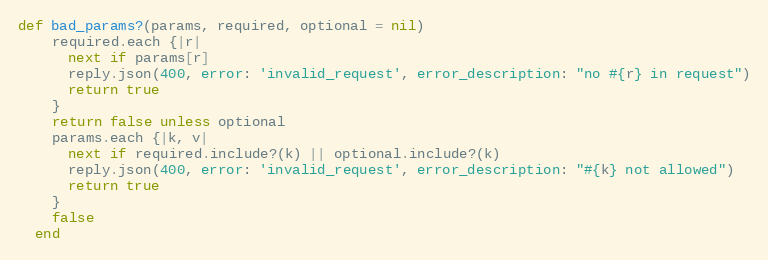
Language: Ruby
def bad_params?(params, required, optional = nil)
    required.each {|r|
      next if params[r]
      reply.json(400, error: 'invalid_request', error_description: "no #{r} in request")
      return true
    }
    return false unless optional
    params.each {|k, v|
      next if required.include?(k) || optional.include?(k)
      reply.json(400, error: 'invalid_request', error_description: "#{k} not allowed")
      return true
    }
    false
  end